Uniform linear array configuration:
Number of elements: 24
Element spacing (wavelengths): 1
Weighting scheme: kaiser
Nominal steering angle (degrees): -15
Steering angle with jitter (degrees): -14.626
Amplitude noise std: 0.05
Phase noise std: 0.05

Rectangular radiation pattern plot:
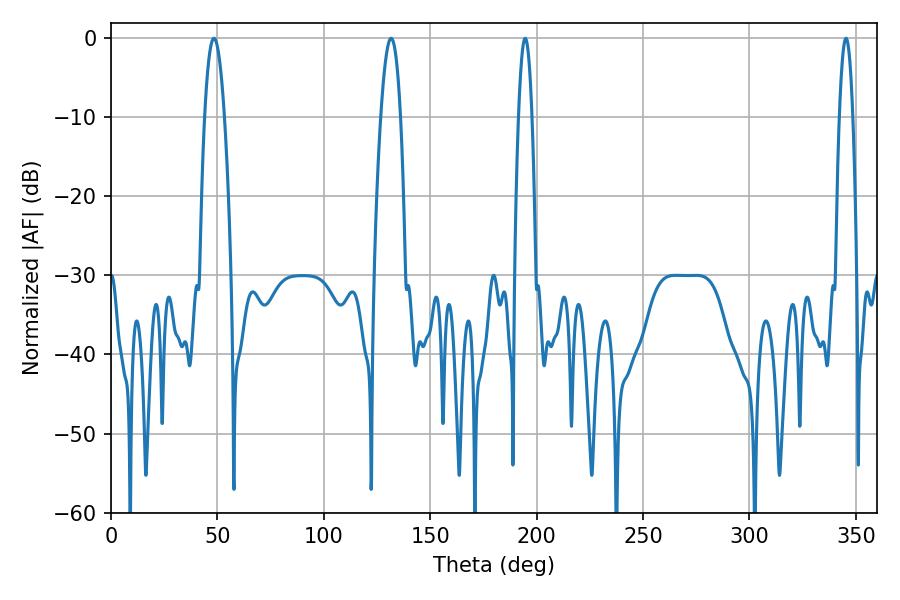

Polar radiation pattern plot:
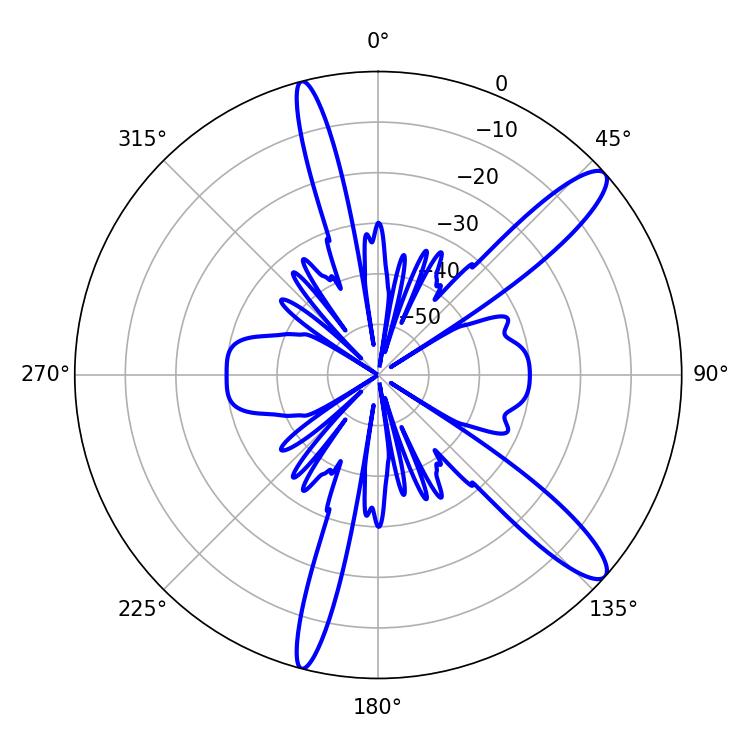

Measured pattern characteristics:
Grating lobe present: TRUE
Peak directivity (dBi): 12.544
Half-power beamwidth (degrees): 5.04
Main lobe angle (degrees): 48.42